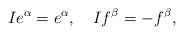
\begin{align*}Ie^\alpha =e^\alpha ,\quad If^\beta =-f^\beta , \end{align*}